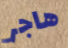
هاجر